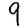
Digit: 9